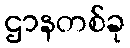
ဌာနတစ်ခု